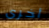
أخرى